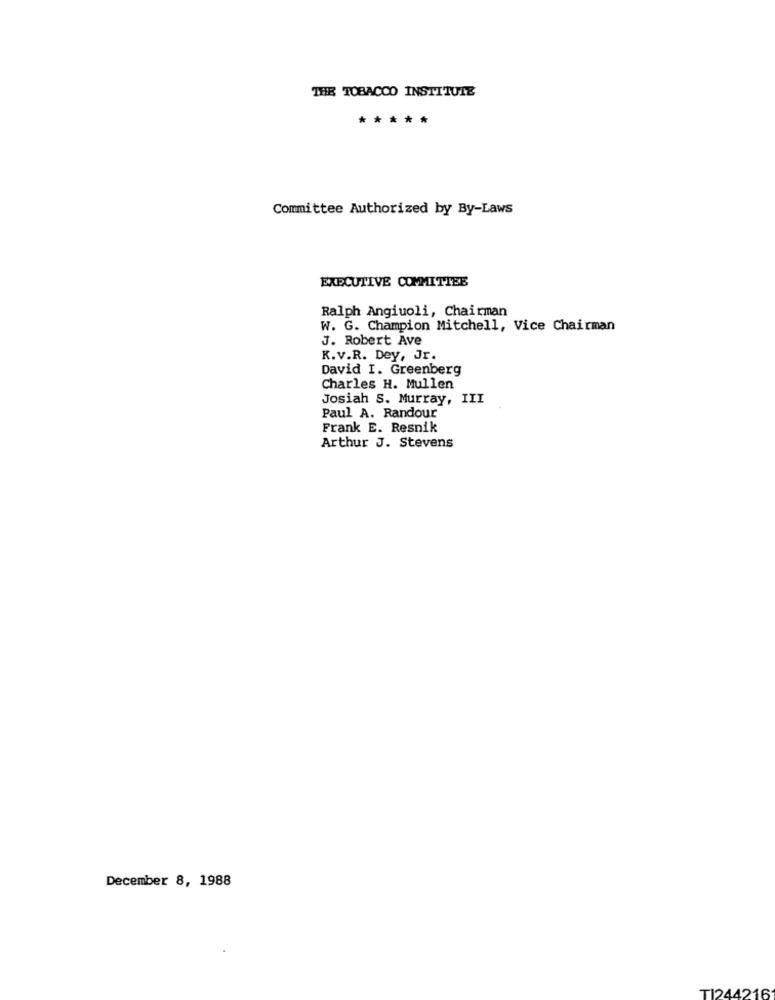
THE TOBACCO INSTITUTE
*****
Committee Authorized by By-Laws
EXECUTIVE COMMITTEE
Ralph Angiuoli, Chairman
W. G. Champion Mitchell, Vice Chairman
J. Robert Ave
K.v.R. Dey, Jr.
David I. Greenberg
Charles H. Mullen
Josiah S. Murray, III
Paul A. Randour
Frank E. Resnik
Arthur J. Stevens
December 8, 1988
TI244216